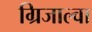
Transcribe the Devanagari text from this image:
ग्रिजाल्वा